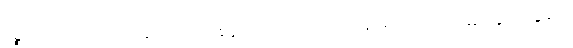
ပဉ္စကလျာ၊ ညိုပြာတင့်ဆင်းရောင်၊ ရွှေကြက်တောင်ဝယ်၊ ဖြူရောင်ရထည်းဆွ၊ သွယ်ခွေချ၍၊